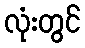
လုံးတွင်